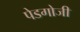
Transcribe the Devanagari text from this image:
पेडगोजी